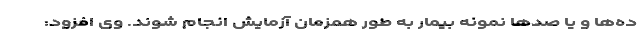
ده‌ها و یا صدها نمونه بیمار به طور همزمان آزمایش انجام شوند. وی افزود: